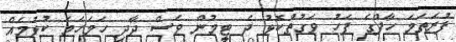
ފުރަތަމަ ހާފްގެ ފަހު ވަގުތުކޮޅު ދެ ޓީމުން ވެސް ދާދި ހަމަހަމަ ކުޅުމެއް